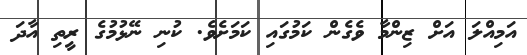
އަމިއްލަ އަށް ޒިންމާ ވެގެން ކަމުގައި ކަމަށެވެ. ކުނި ނޭޅުމުގެ ރީތި އާދަ